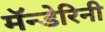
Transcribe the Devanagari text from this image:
मॅन्डेरिनी